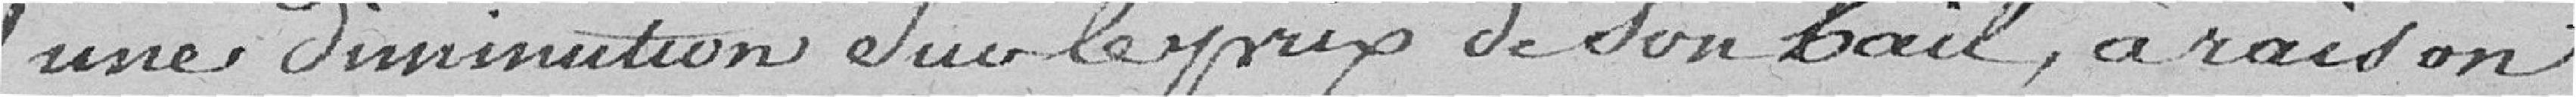
une diminution sur  le prix de son bail, à raison